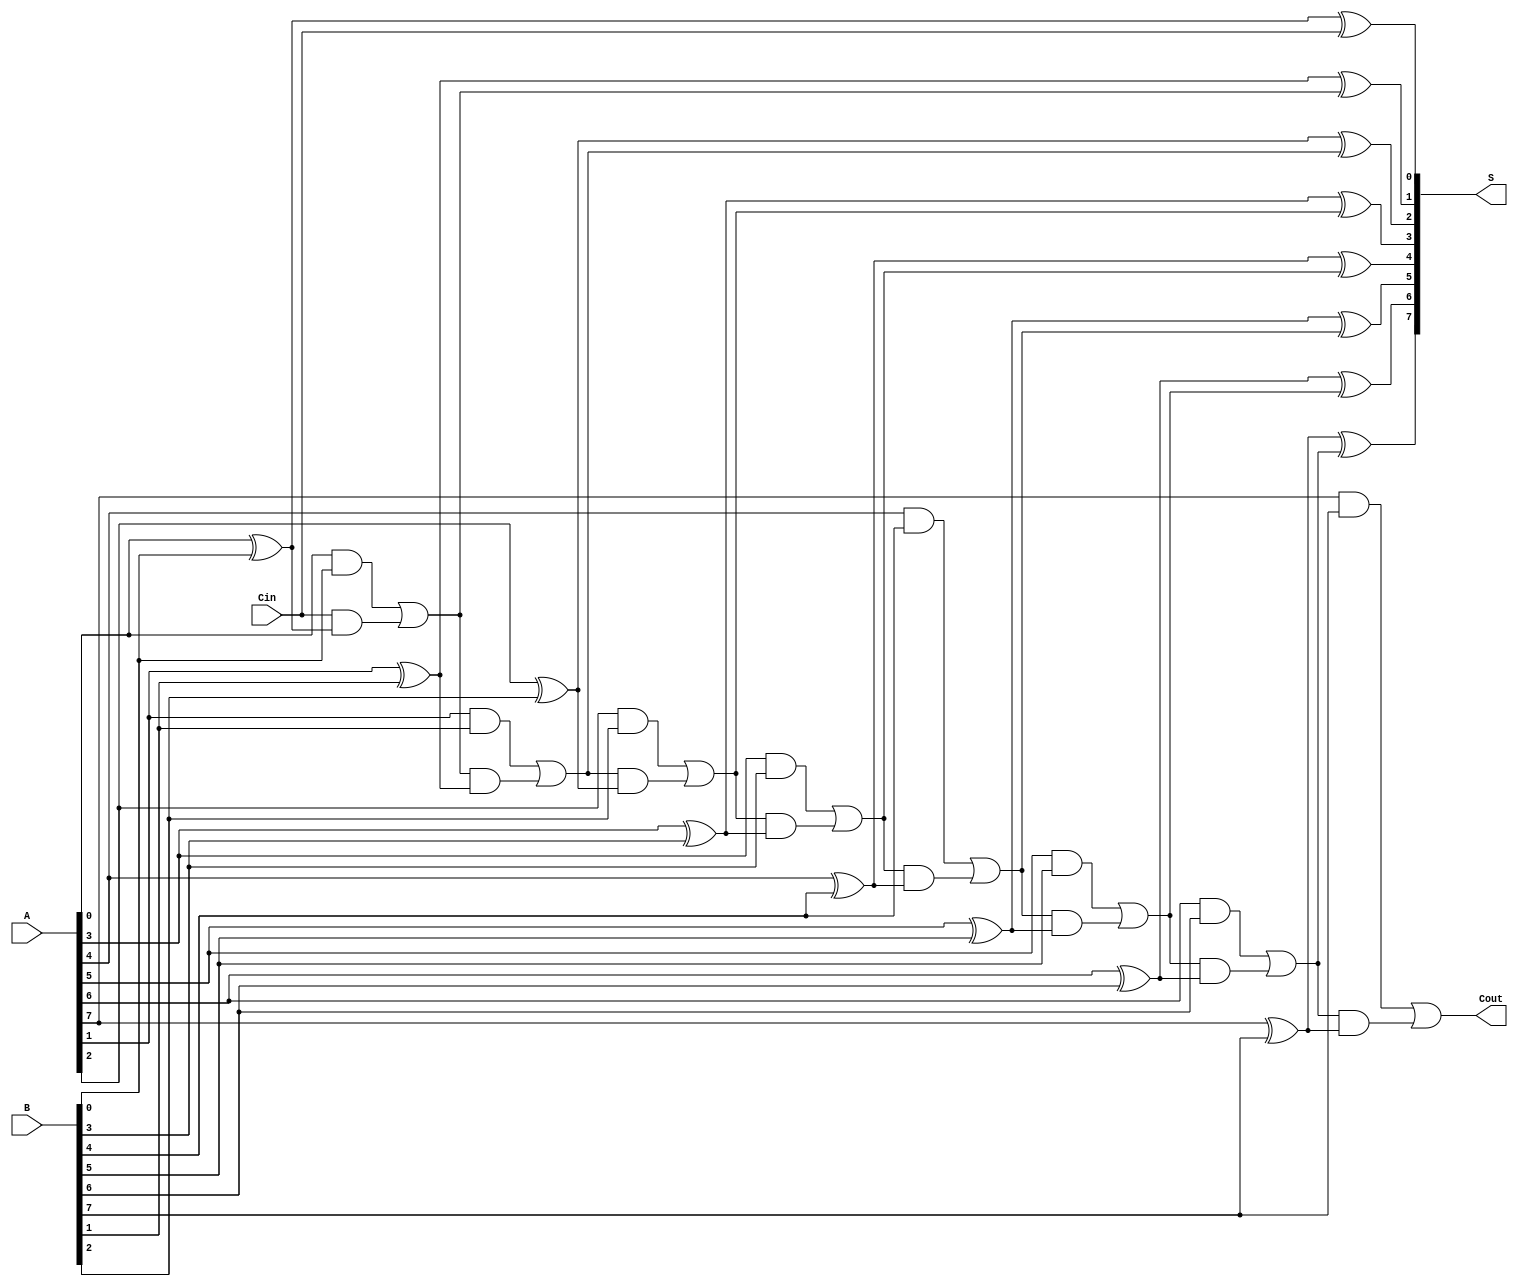
module PrecomputationCarryAdder #(parameter N = 8) (
    input  wire [N-1:0] A,      // First n-bit input
    input  wire [N-1:0] B,      // Second n-bit input
    input  wire         Cin,     // Carry in
    output wire [N-1:0] S,       // Sum output
    output wire         Cout      // Carry out
);

    // Internal carry wires
    wire [N:0] C; // C[n] is the carry out
    assign C[0] = Cin; // Initial carry in for the first bit

    // Carry Generation Logic
    genvar i;
    generate
        for (i = 0; i < N; i = i + 1) begin: carry_generation
            assign C[i+1] = (A[i] & B[i]) | (C[i] & (A[i] ^ B[i]));
        end
    endgenerate

    // Sum Calculation Logic
    generate
        for (i = 0; i < N; i = i + 1) begin: sum_calculation
            assign S[i] = A[i] ^ B[i] ^ C[i];
        end
    endgenerate

    // Final Carry Out
    assign Cout = C[N];

endmodule